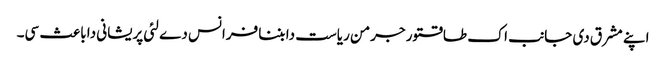
اپنے مشرق دی جانب اک طاقتور جرمن ریاست دا بننا فرانس دے لئی پریشانی دا باعث سی۔